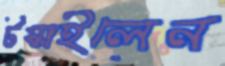
টস্‌কাইলেন